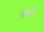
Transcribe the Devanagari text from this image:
पघत